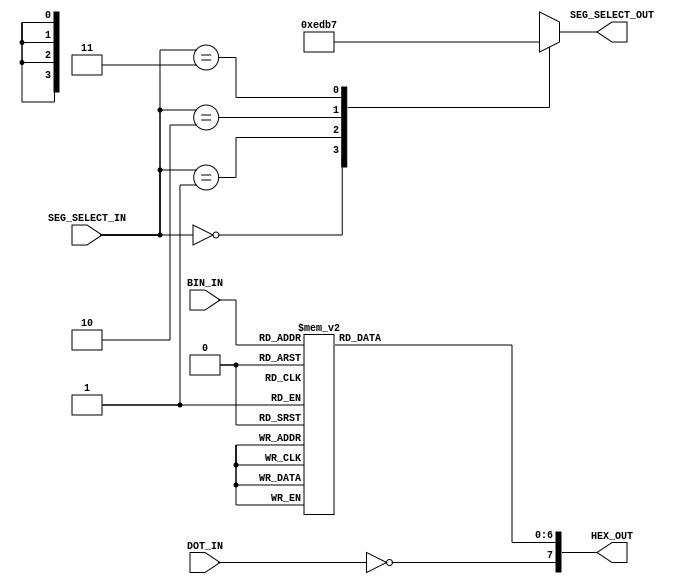
`timescale 1ns / 1ps
//////////////////////////////////////////////////////////////////////////////////
// Company: 
// Engineer: 
// 
// Design Name: 
// Module Name: 7Segment_Display_Interface
// Project Name: 
// Target Devices: 
// Tool Versions: 
// Description: 
// 
// Dependencies: 
// 
// Revision:
// Revision 0.01 - File Created
// Additional Comments:
// 
//////////////////////////////////////////////////////////////////////////////////


module Segment_Display_Interface(
    input [1:0] SEG_SELECT_IN,
    input [3:0] BIN_IN,
    input DOT_IN,
    output reg [3:0] SEG_SELECT_OUT,
    output reg [7:0] HEX_OUT
    );
    
    always@(SEG_SELECT_IN) begin
        case (SEG_SELECT_IN)
            2'b00 : SEG_SELECT_OUT <= 4'b1110;
            2'b01 : SEG_SELECT_OUT <= 4'b1101;
            2'b10 : SEG_SELECT_OUT <= 4'b1011;
            2'b11 : SEG_SELECT_OUT <= 4'b0111;
            default : SEG_SELECT_OUT <= 4'b1111;
        endcase
    end
    
    always@(BIN_IN or DOT_IN) begin
        case(BIN_IN)
            4'h0: HEX_OUT[6:0] <= 7'b1000000;
            4'h1: HEX_OUT[6:0] <= 7'b1111001;
            4'h2: HEX_OUT[6:0] <= 7'b0100100;
            4'h3: HEX_OUT[6:0] <= 7'b0110000;
            
            4'h4: HEX_OUT[6:0] <= 7'b0011001;
            4'h5: HEX_OUT[6:0] <= 7'b0010010;
            4'h6: HEX_OUT[6:0] <= 7'b0000010;
            4'h7: HEX_OUT[6:0] <= 7'b1111000;
            
            4'h8: HEX_OUT[6:0] <= 7'b0000000;
            4'h9: HEX_OUT[6:0] <= 7'b0011000;
            4'hA: HEX_OUT[6:0] <= 7'b0001000;
            4'hB: HEX_OUT[6:0] <= 7'b0000011;
            
            4'hC: HEX_OUT[6:0] <= 7'b1000110;
            4'hD: HEX_OUT[6:0] <= 7'b0100001;
            4'hE: HEX_OUT[6:0] <= 7'b0000110;
            4'hF: HEX_OUT[6:0] <= 7'b0001110;
            
            default: HEX_OUT[6:0] <= 7'b1111111;
        endcase
        
        HEX_OUT[7] <= ~DOT_IN;
    end
endmodule